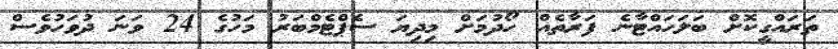
ތަަރައްގީކޮށް ބަލަހައްޓާނެ ފަރާތެއް ހޯދުމަށް މިދިޔަ ސެޕްޓެމްބަރު މަހުގެ 24 ވަނަ ދުވަހުވެސް